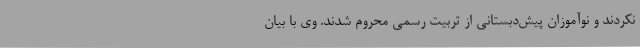
نکردند و نوآموزان پیش‌دبستانی از تربیت رسمی محروم شدند. وی با بیان